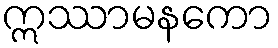
ဣဿာမနကော